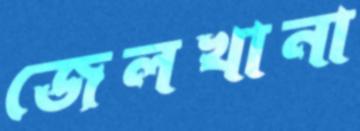
জেলখানা